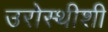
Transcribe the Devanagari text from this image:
उरोस्थीशी